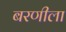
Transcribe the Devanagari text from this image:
बरणीला